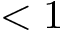
< 1